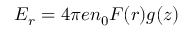
E _ { r } = 4 \pi e n _ { 0 } F ( r ) g ( z )